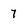
Character: 7